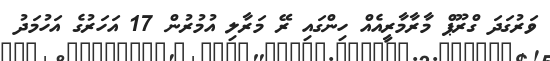
ވަރުގަދަ ގްރޫޕް މާރާމާރީއެއް ހިންގައި ރޭ މަރާލި އުމުރުން 17 އަހަރުގެ އަހުމަދު